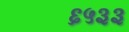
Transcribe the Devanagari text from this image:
६५३३